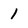
Character: 1